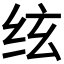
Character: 𰬈